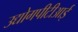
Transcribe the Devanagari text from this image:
उद्योगपीटीआई